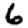
Digit: 6